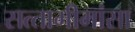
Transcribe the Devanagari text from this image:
सत्‍तामीमांसा